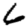
Digit: 6